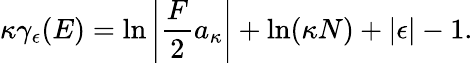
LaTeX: \kappa\gamma_{\epsilon}(E)=\ln\left|\frac{F}{2}a_{\kappa}\right|+\ln(\kappa N)+|\epsilon|-1.